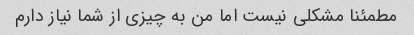
مطمئنا مشکلی نیست اما من به چیزی از شما نیاز دارم